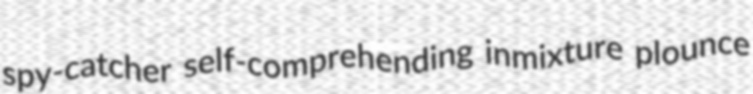
spy-catcher self-comprehending inmixture plounce